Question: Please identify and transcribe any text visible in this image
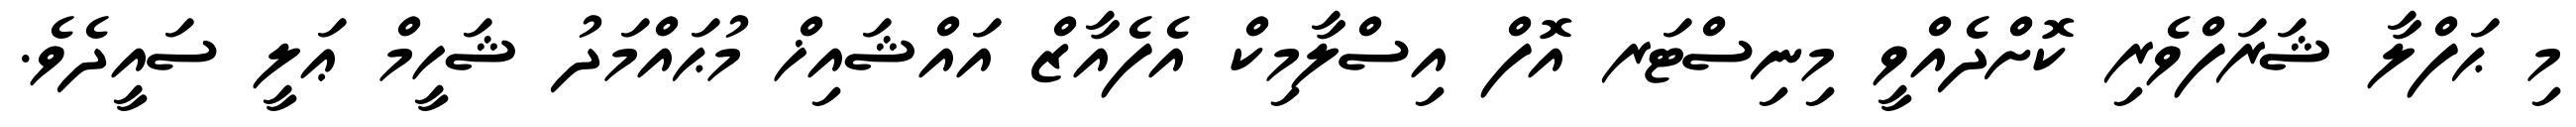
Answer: މި ޙަފްލާ ޝަރަފްވެރި ކޮށްދެއްވީ މިނިސްޓަރ އޮފް އިސްލާމިކް އެފެއާޒް އައްޝައިޚް މުޙައްމަދު ޝަހީމް ޢަލީ ސައީދެވެ.